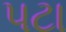
પટા